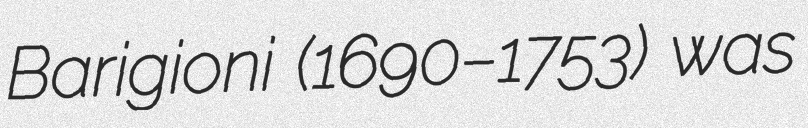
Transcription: Barigioni (1690–1753) was